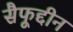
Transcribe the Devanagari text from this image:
सैफूद्दीन